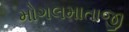
મોગલમાતાજી